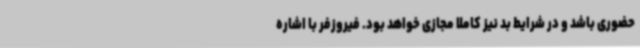
حضوری باشد و در شرایط بد نیز کاملا مجازی خواهد بود. فیروزفر با اشاره